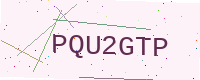
Text: PQU2GTP